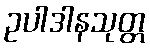
ဥပါဒါနသုတ္တ